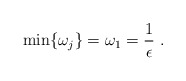
\begin{align*}\min\{\omega_j\}=\omega_1=\frac1\epsilon\ .\end{align*}